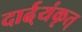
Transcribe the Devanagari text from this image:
दार्ढ्‌यंकृत्